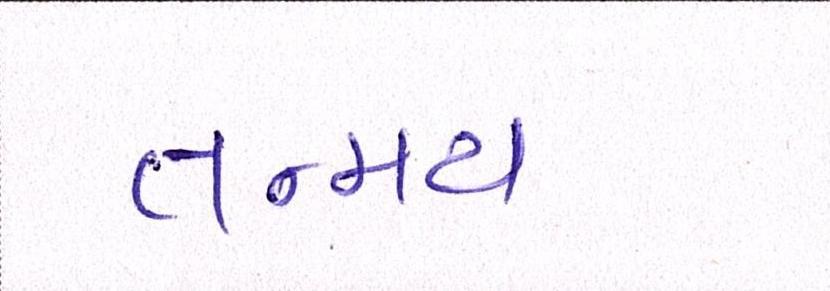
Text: તન્મય